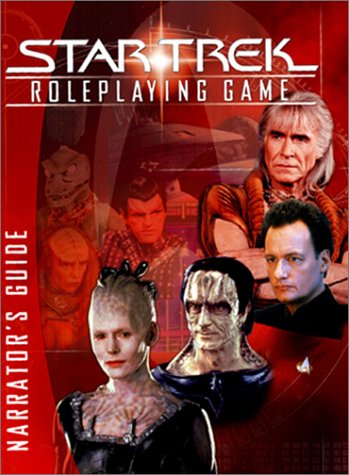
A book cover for Star Trek Roleplaying Game Narrator's Guide; Matthew et al. Colville; Science Fiction & Fantasy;